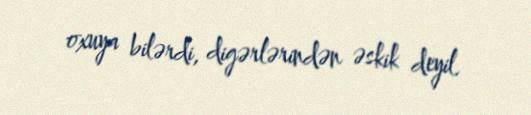
oxuya bilərdi, digərlərindən əskik deyil.